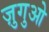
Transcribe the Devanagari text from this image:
ज़ुगुओ